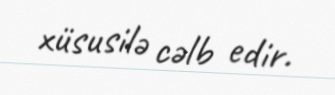
xüsusilə cəlb edir.